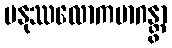
မနုဿလောကမာဂန္တွာ